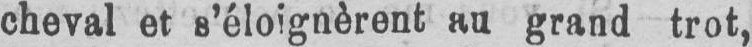
cheval et s’éloignèrent au grand trot,